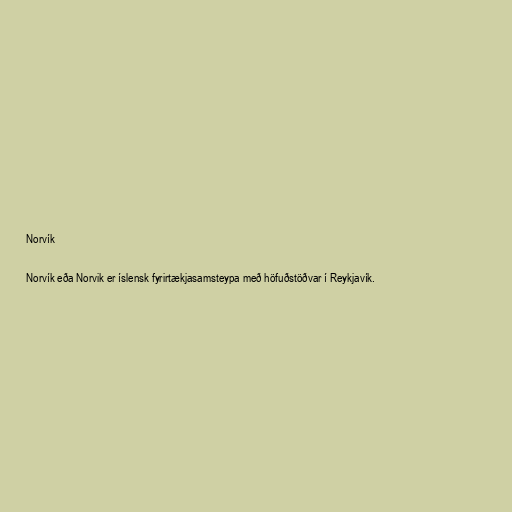
Norvík

Norvík eða Norvik er íslensk fyrirtækjasamsteypa með höfuðstöðvar í Reykjavík.